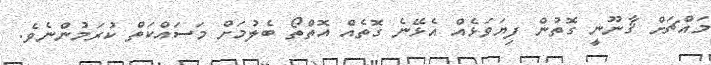
މައްޗަށް ޤާނޫނީ ގޮތުން ފިޔަވަޅެއް އެޅޭނެ ގޮތެއް އޮތްތޯ ބެލުމަށް މަސައްކަތް ކުރަމުންނެވެ.